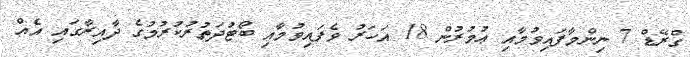
ގްރޭޑް 7 ނިންމާފައިވުމާއި ޢުމުރުން 18 އަހަރު ވެފައިވުމާއި ބޯޓުދަތުރުކުރުމުގެ ދާއިރާގައި އެއް